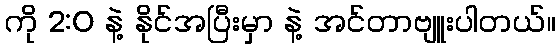
ကို 2:0 နဲ့ နိုင်အပြီးမှာ နဲ့ အင်တာဗျူးပါတယ်။